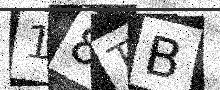
Text: 18TB